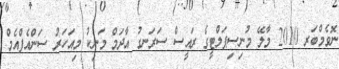
ނޮވެމްބަރ 2010 މާލޭ މުނިސިޕަލްޓީގެ ރައީސް ސަރަނގު އާދަމް މަނިކު މިއަހަރު ސަންއެފްއެމް